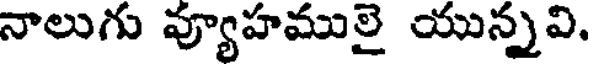
నాలుగు వ్యూహములై యున్నవి,